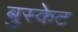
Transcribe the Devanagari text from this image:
बुस्केट